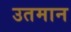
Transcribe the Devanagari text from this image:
उतमान